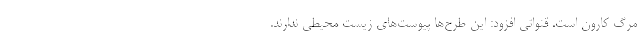
مرگ کارون است. قنواتی افزود: این طرح‌ها پیوست‌های زیست محیطی ندارند.